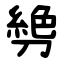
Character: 㔃